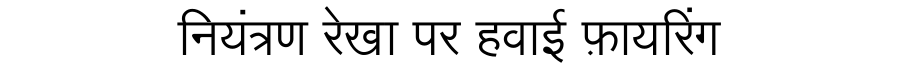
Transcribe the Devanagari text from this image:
नियंत्रण रेखा पर हवाई फ़ायरिंग